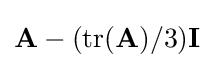
\mathbf {A} -(\mathrm {tr} (\mathbf {A} )/3)\mathbf {I}